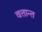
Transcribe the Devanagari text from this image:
वत्तान्त